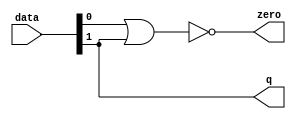
module  sin_altpriority_encoder_3e8
	(
	data,
	q,
	zero) ;
	input   [1:0]  data;
	output   [0:0]  q;
	output   zero;
	assign
		q = {data[1]},
		zero = (~ (data[0] | data[1]));
endmodule